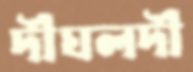
দীঘলদী